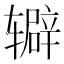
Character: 𬨔